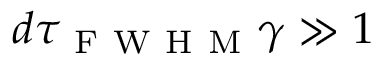
d \tau _ { \mathrm { ~ F ~ W ~ H ~ M ~ } } \gamma \gg 1